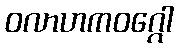
ဝလာဟကဝဂ္ဂေါ